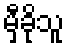
မှီခိုသူ